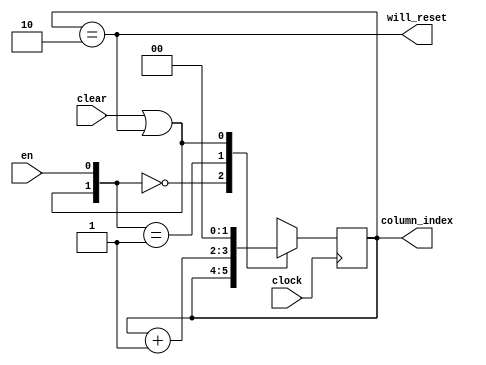
module column_index_counter(
    input wire en,
    input wire clear,
    input wire clock,
    output reg [1:0] column_index,
    output wire will_reset
  );

  wire clear_counter;
  assign will_reset = (column_index == 2'b10);
  assign clear_counter = clear || will_reset;

  always @(posedge clock) begin
    casex ({clear_counter, en})
      2'b00: column_index <= column_index;
      2'b01: column_index <= column_index + 4'b0001;
      2'b1x: column_index <= 2'b00;
    endcase
  end


endmodule